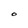
Character: O